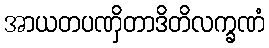
အာယတပဏှိတာဒိတိလက္ခဏံ